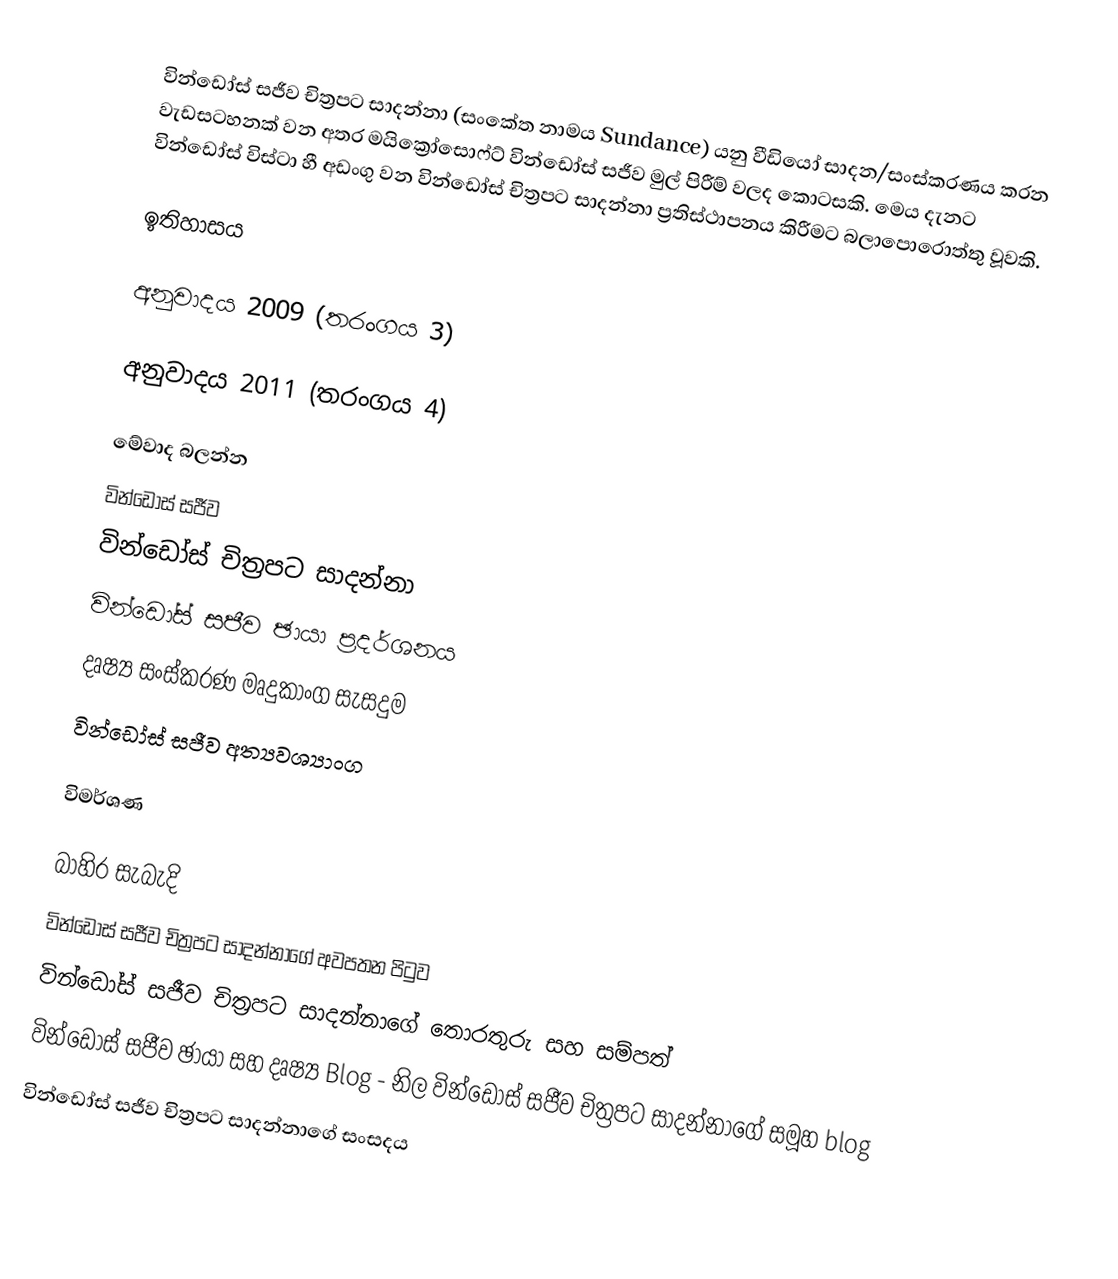
වින්ඩෝස් සජීව චිත්‍රපට සාදන්නා (සංකේත නාමය Sundance) යනු වීඩියෝ සාදන/සංස්කරණය කරන වැඩසටහනක් වන අතර මයික්‍රෝසොෆ්ට් වින්ඩෝස් සජීව මුල් පිරීම් වලද කොටසකි. මෙය දැනට වින්ඩෝස් විස්ටා හී අඩංගු වන වින්ඩෝස් චිත්‍රපට සාදන්නා ප්‍රතිස්ථාපනය කිරීමට බලාපොරොත්තු  වූවකි.

ඉතිහාසය

අනුවාදය 2009 (තරංගය 3)

අනුවාදය 2011 (තරංගය 4)

මේවාද බලන්න
වින්ඩෝස් සජීව
වින්ඩෝස් චිත්‍රපට සාදන්නා
වින්ඩෝස් සජීව ඡායා ප්‍රදර්ශනය
දෘෂ්‍ය සංස්කරණ මෘදුකාංග සැසදුම
වින්ඩෝස් සජීව අත්‍යවශ්‍යාංග

විමර්ශණ

බාහිර සැබැදි
වින්ඩෝස් සජීව චිත්‍රපට සාදන්නාගේ අවපතන පිටුව
වින්ඩෝස් සජීව චිත්‍රපට සාදන්නාගේ තොරතුරු සහ සම්පත්
වින්ඩෝස් සජීව ඡායා සහ දෘෂ්‍ය Blog - 	නිල වින්ඩෝස් සජීව චිත්‍රපට සාදන්නාගේ සමූහ blog
වින්ඩෝස් සජීව චිත්‍රපට සාදන්නාගේ සංසදය